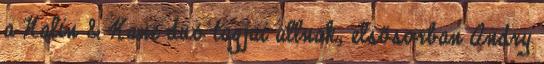
a Nalin & Kane duó tagjai állnak, elsősorban Andry